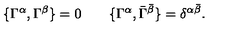
\{ \Gamma ^ { \alpha } , \Gamma ^ { \beta } \} = 0 \qquad \{ \Gamma ^ { \alpha } , \bar { \Gamma } ^ { \bar { \beta } } \} = \delta ^ { \alpha \bar { \beta } } .